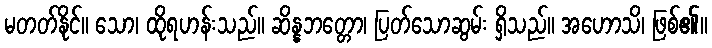
မတတ်နိုင်။ သော၊ ထိုရဟန်းသည်။ ဆိန္နဘတ္တော၊ ပြတ်သောဆွမ်း ရှိသည်။ အဟောသိ၊ ဖြစ်၏။